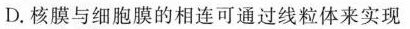
D.核膜与细胞膜的相连可通过线粒体来实现